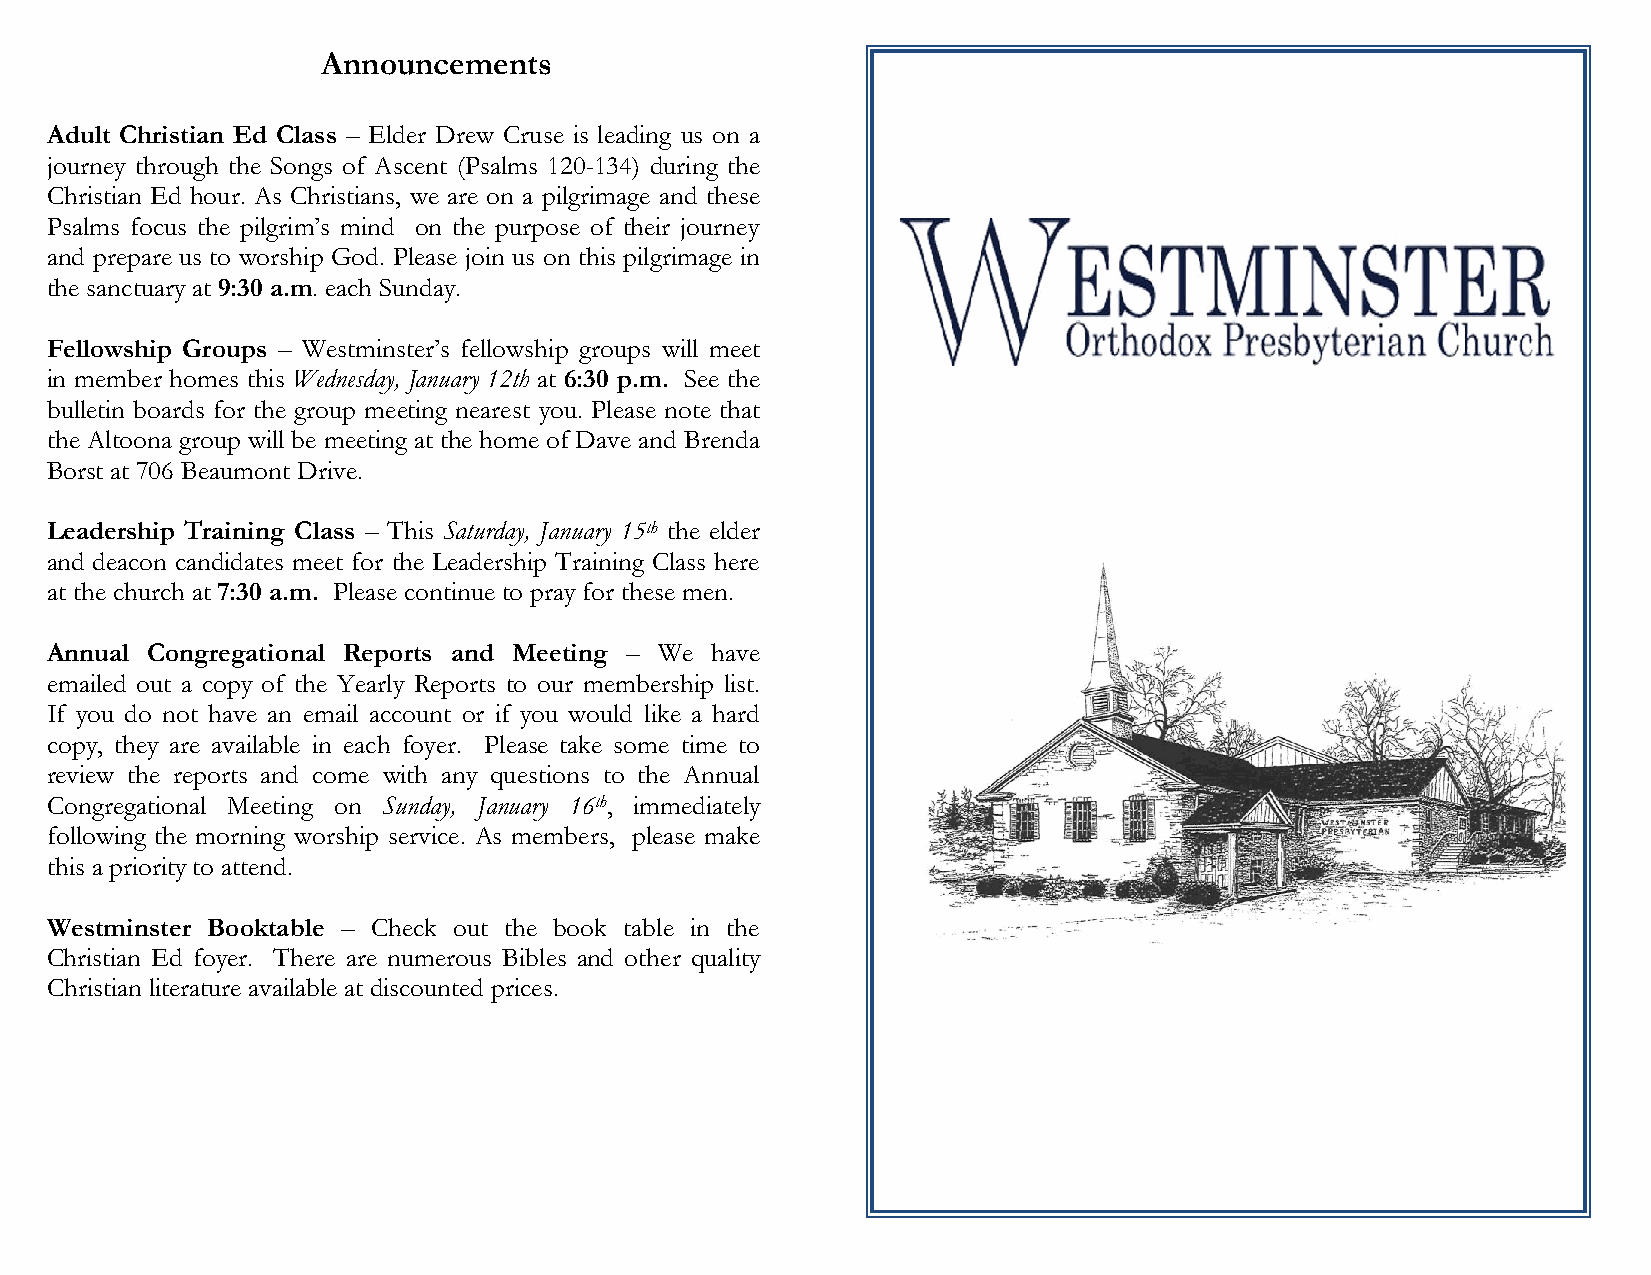
Announcements
 Adult Christian Ed Class – Elder Drew Cruse is leading us on a
 journey through the Songs of Ascent (Psalms 120-134) during the
 Christian Ed hour. As Christians, we are on a pilgrimage and these
 Psalms focus the pilgrim’s mind on the purpose of their journey
 and prepare us to worship God. Please join us on this pilgrimage in
 the sanctuary at 9:30 a.m. each Sunday.
 Fellowship Groups – Westminster’s fellowship groups will meet
 in member homes this Wednesday, January 12th at 6:30 p.m. See the
 bulletin boards for the group meeting nearest you. Please note that
 the Altoona group will be meeting at the home of Dave and Brenda
 Borst at 706 Beaumont Drive.
 Leadership Training Class – This Saturday, January 15th the elder
 and deacon candidates meet for the Leadership Training Class here
 at the church at 7:30 a.m. Please continue to pray for these men.
 Annual Congregational Reports and Meeting – We have
 emailed out a copy of the Yearly Reports to our membership list.
 If you do not have an email account or if you would like a hard
 copy, they are available in each foyer. Please take some time to
 review the reports and come with any questions to the Annual
 Congregational Meeting on Sunday, January 16th, immediately
 following the morning worship service. As members, please make
 this a priority to attend.
 Westminster Booktable – Check out the book table in the
 Christian Ed foyer. There are numerous Bibles and other quality
 Christian literature available at discounted prices.